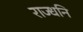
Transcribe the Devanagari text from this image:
राज्धनि